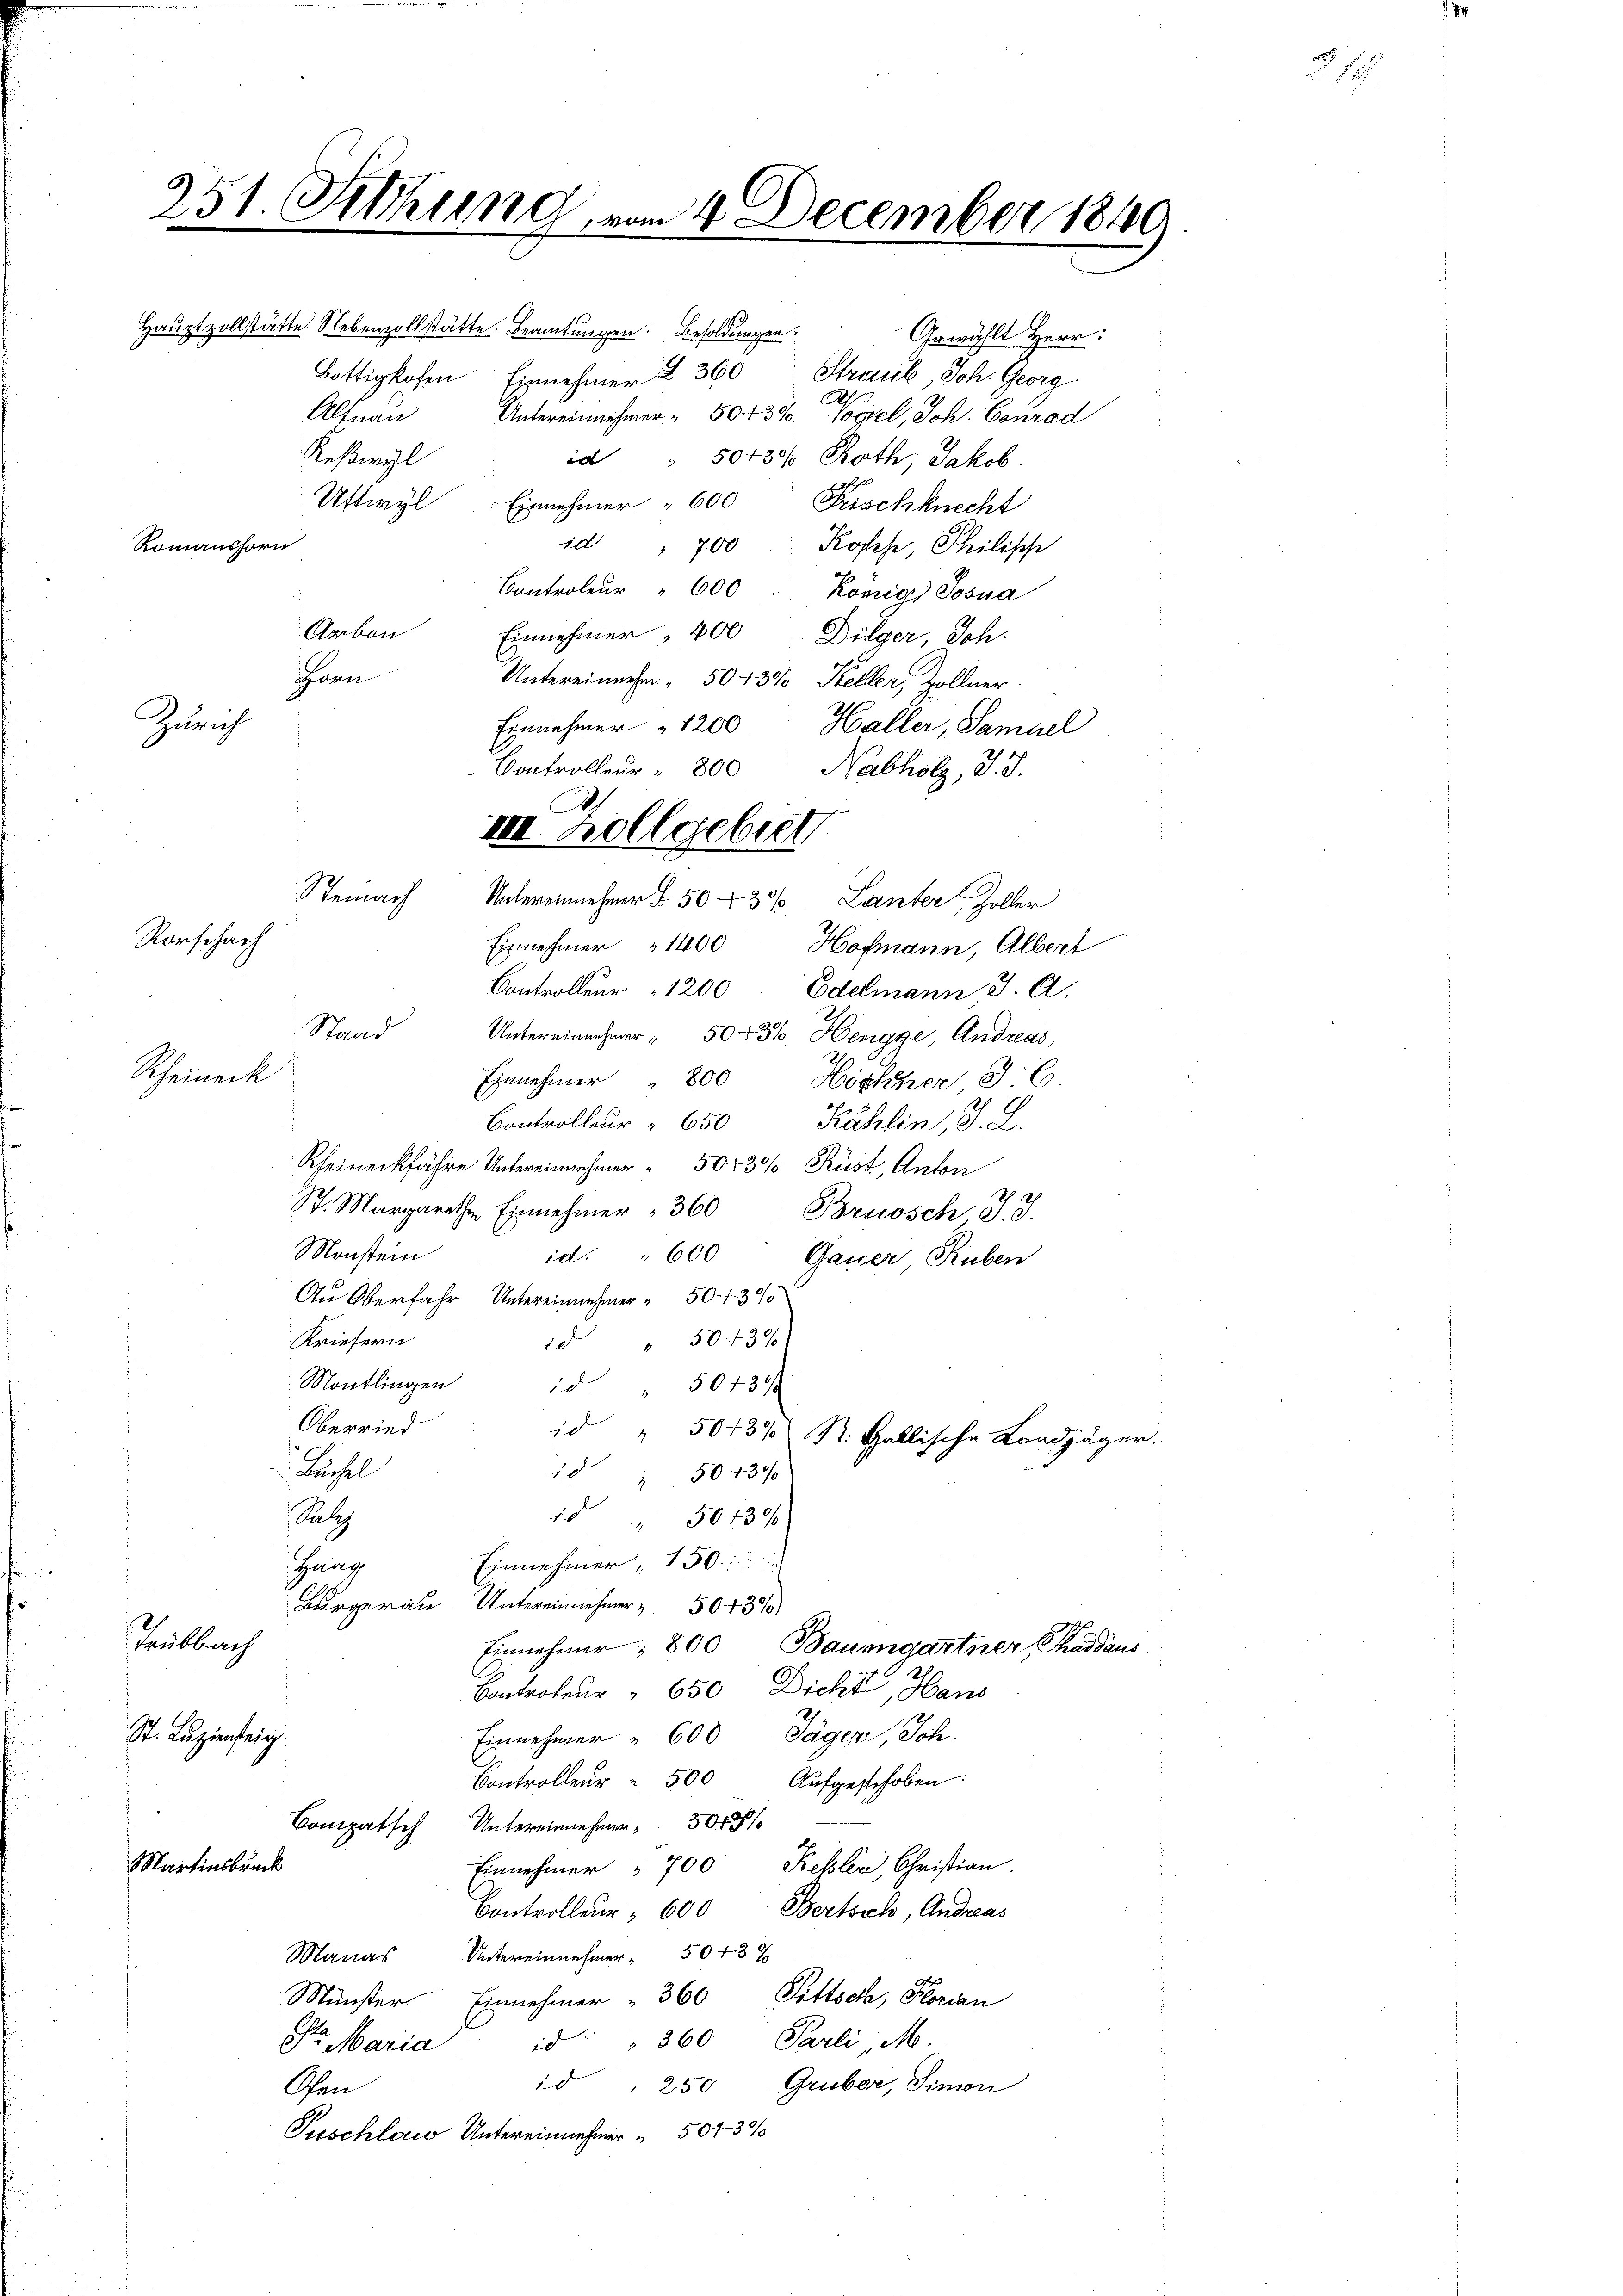
251. Sitzung, vom 4. December 184
Bottigkofen Einnehmer u. 360 Straul, Joh. Georg
Altnau Untereinnehmer " 504300 Vogel, Joh. Conrad
Keßwyl
id " 50130/ Roth, Jakob.
Ustwyl Einnehmer " 600. Frischknecht
Romanshorn
id " 700 Kopes, Philische
Controleŭr " 600 König Josua
Arbon
Einnehmer, 400 Dilger, Joh.
inen
Untereinnehm 5043% Keller, Zollner
Zürich
Einnehmer " 1200
Haller, Samuel
Controlleur " 800 Nabholz, J. J.

Hauptzollstätte. Nebenzollstätte. Beamtungen. Besoldungen

Steinach
Untereinnehmer & 50 - 30% Lanter Zoller
Rorschach
Eisnehmer 1400
Hofmann, Albert
Controlleur 1200 Edelmann J. A.
Stand
Untereinnehmer " 50 f 36 Hengge, Andreas,
Scheineck
Einnehmer " 800
Höckher 36.
Controlleur " 650
Kählin, J. L.
Rheineckfahre Untereinnehmer " 50430% Rüst, Anton
St. Margarethe Einnehmer " 360 Brosch J. J.
Monstein
id. " 600
Gauer Ruben
Au Oberfahr Untereinnehmer " 5043%
Kriefern
id " 50430
Montlingen
id " 5073 f
Oberried
id " 5043% St. Gallische Landjäger
2
Lächel
 50 f 30
Selig
1 " 564300
Einnehmer, 150
Haag
Bürgern Untereinnehmer 5043
Hubbach
Einnehmer; 800 Baumgartner Thaddaus
Controleur " 650 Dicht, Haus
St. Luzienteig
Einnehmer " 600 Jäger, Joh.
Aufgestehoben.
Controlleur à 500
Compatsch Untereinnehmer 50 f 1
Martinsbruck
Einnehmer " 700 Rehler, Christian
Bertsch, Andreas
Controlleur 600
Manas Untereinnehmer " 5043 x
Münster Einnehmer " 360 Pittsche, Florian
a Maria 1 " 360 Parli, M.
id 250 Gruber, Simon
Gen
Puschlau Untereinnehmer 507 3/

A
III. Hollgebiet

Grwählt Herr

5